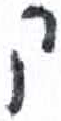
אות: ק